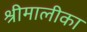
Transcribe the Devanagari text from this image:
श्रीमालीका